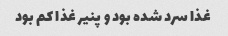
غذا سرد شده بود و پنیر غذا کم بود